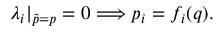
\lambda _ { i } | _ { \tilde { p } = p } = 0 \Longrightarrow p _ { i } = f _ { i } ( q ) { . }